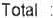
TOTAL :